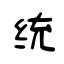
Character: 统